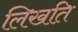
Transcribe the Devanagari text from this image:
लिखति